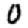
Digit: 0